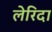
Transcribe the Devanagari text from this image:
लेरिदा